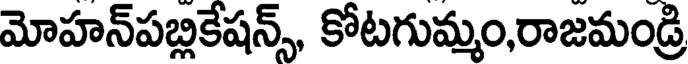
మోహన్పబ్లికేషన్స్, కోటగుమ్మం,రాజమండ్రి